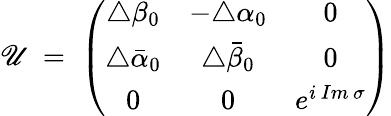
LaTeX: \mathscr{U}\; =\; \left(\begin{array}{ccc}{{\triangle\beta_{0}}}&{{-\triangle\alpha_{0}}}&{{0}}\\ {{\triangle\bar{\alpha}_{0}}}&{{\triangle\bar{\beta}_{0}}}&{{0}}\\ {{0}}&{{0}}&{{e^{i\, Im\, \sigma}}}\end{array}\right)